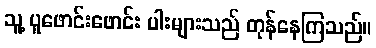
သူ့ ပူဖောင်းဖောင်း ပါးများသည် တုန်နေကြသည်။